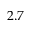
2 . 7